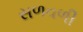
સળવળી